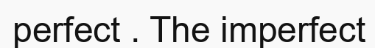
perfect . The imperfect